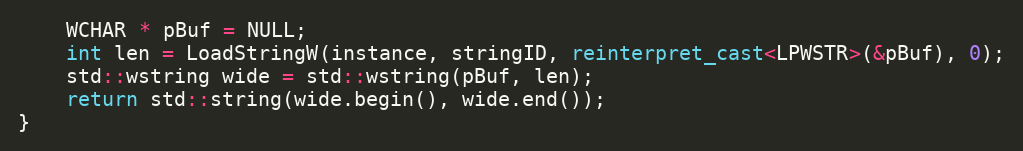
Language: C++
    WCHAR * pBuf = NULL;
    int len = LoadStringW(instance, stringID, reinterpret_cast<LPWSTR>(&pBuf), 0);
    std::wstring wide = std::wstring(pBuf, len);
    return std::string(wide.begin(), wide.end());
}